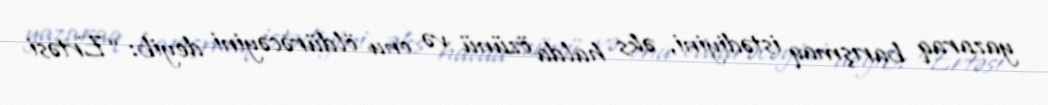
yazaraq barışmaq istədiyini, əks halda özünü və onu öldürəcəyini deyib: “Ertəsi